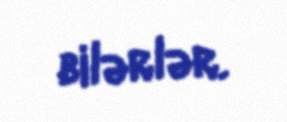
bilərlər.